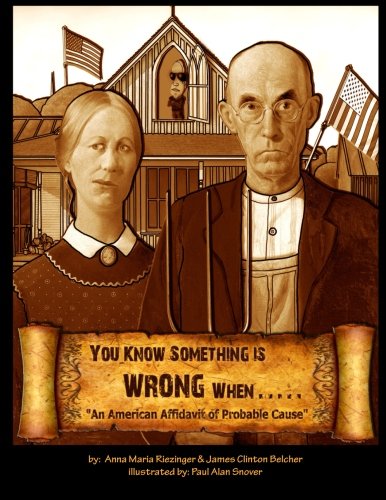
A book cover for You Know Something is Wrong When.....: An American Affidavit of Probable Cause; Anna Maria Riezinger; Politics & Social Sciences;